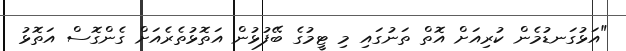
"އަޅުގަނޑުމެން ކުރިއަށް އޮތް ތަނުގައި މި ޓީމުގެ ބޭފުޅުން އަތޮޅުތެރެއަށް ގެންގޮސް އަތޮޅު